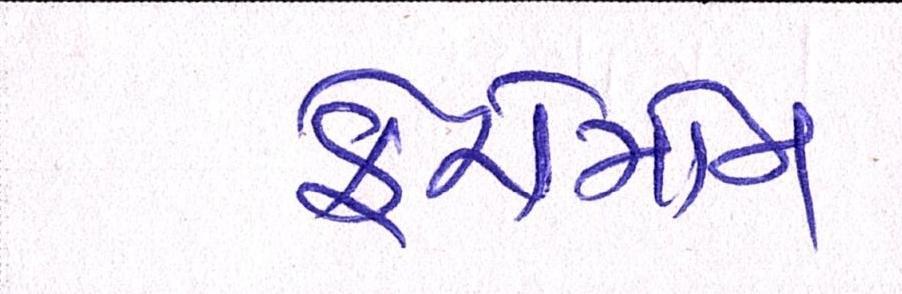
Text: ફેરોમોન